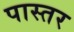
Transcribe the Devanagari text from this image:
पास्तर